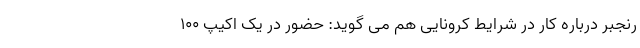
رنجبر درباره کار در شرایط کرونایی هم می گوید: حضور در یک اکیپ ۱۰۰